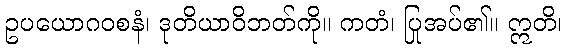
ဥပယောဂဝစနံ၊ ဒုတိယာဝိဘတ်ကို။ ကတံ၊ ပြုအပ်၏။ ဣတိ၊